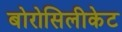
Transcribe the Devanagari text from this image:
बोरोसिलीकेट